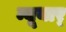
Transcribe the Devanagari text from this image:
न्यूयार्